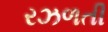
રઝળતી